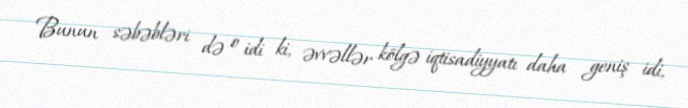
Bunun səbəbləri də o idi ki, əvvəllər kölgə iqtisadiyyatı daha geniş idi,